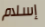
إسلام